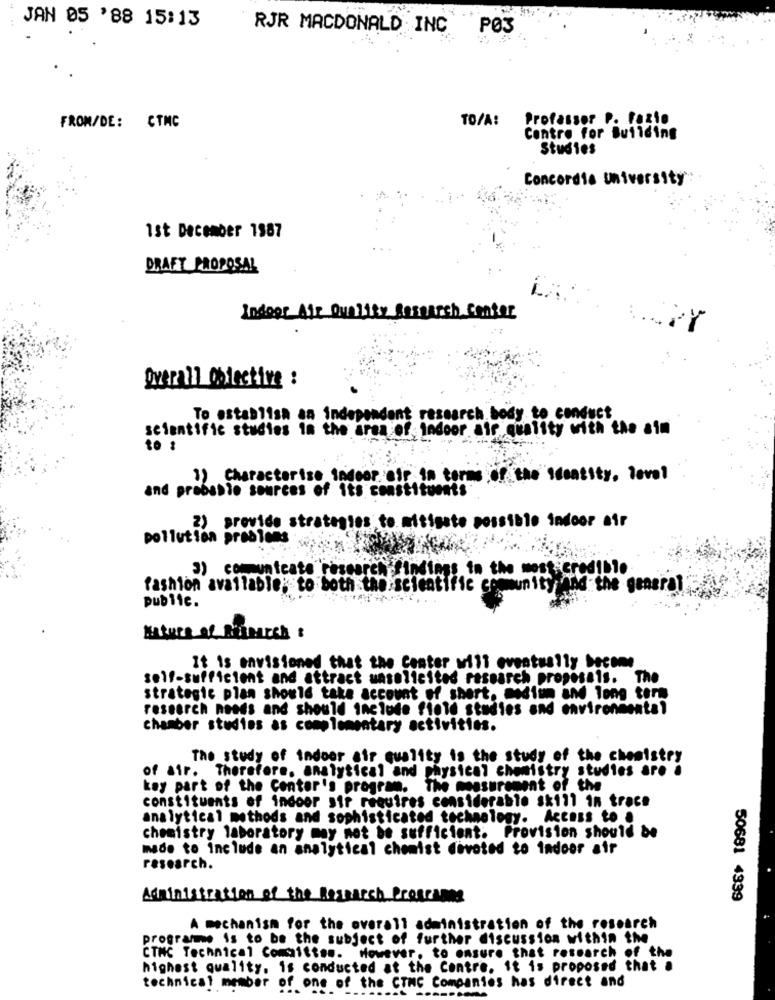
JAN 05 '88 15:13
RJR MACDONALD INC.
PØ3
TO/A:
Profassor P. Fazie
FROM/DE: CTMC
Contre for Building
Studies
Concordia university
1st December 1987
DRAFT PROPOSAL
Indoor Air Quality Research Center
Overall Objective :
To establish an independent research body to conduct
scientific studies in the area of indoor air quality with the aim
to :
1) Characterize indeer cir in terms of the identity. level
and probabio sources of its constituent
e. mitigate possible indoor air
2) provide strate
pollution problems
3) communicate research findings in the most credible
fashion available; to both the scientific community And the general
public.
It is envisioned that the Center will eventually become
self-sufficient and attract unsolicited research proposals. The
strategic plan should take account of short. modium and long term
research needs and should include field studies and environmental
chamber studies as complementary activities.
The study of indoor air quality is the study of the chemistry
of air. Therefore, analytical and physical chemistry studies are .
kay part of the Center's program. The measurement of the
constituents of indoor sir requires considerable sk111 in trace
analytical methods and sophisticated technology. Access to .
chemistry laboratory may not be sufficient. Provision should be
made to include an analytical chemist devoted to indoor air
research.
Administration of the Research Programes
50681 4339
A mechanism for the overall administration of the research
programme is to be the subject of further discussion within the
CTNC Technical Comaittas. However, to ensure that research of the
highest quality. is conducted at the Centre. it is proposed that .
technical member of one of the CTNC Companies has direct and